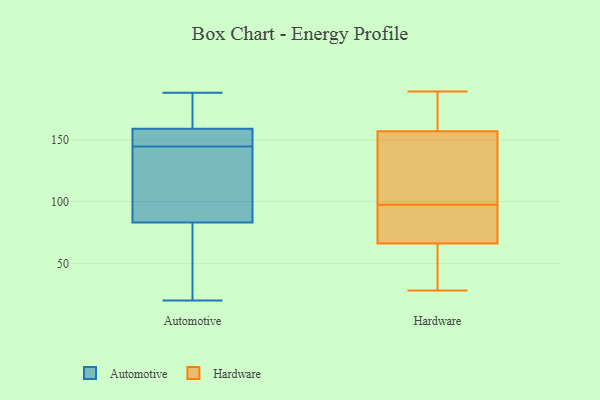
{"axis": {"x": "Bounce Rate (%)", "y": "Value"}, "legend": ["Automotive", "Hardware"], "data": [{"x": "", "y": 55, "type": "Automotive"}, {"x": "", "y": 143, "type": "Automotive"}, {"x": "", "y": 64, "type": "Automotive"}, {"x": "", "y": 20, "type": "Automotive"}, {"x": "", "y": 154, "type": "Automotive"}, {"x": "", "y": 146, "type": "Automotive"}, {"x": "", "y": 83, "type": "Automotive"}, {"x": "", "y": 107, "type": "Automotive"}, {"x": "", "y": 159, "type": "Automotive"}, {"x": "", "y": 121, "type": "Automotive"}, {"x": "", "y": 153, "type": "Automotive"}, {"x": "", "y": 183, "type": "Automotive"}, {"x": "", "y": 175, "type": "Automotive"}, {"x": "", "y": 133, "type": "Automotive"}, {"x": "", "y": 39, "type": "Automotive"}, {"x": "", "y": 188, "type": "Automotive"}, {"x": "", "y": 179, "type": "Automotive"}, {"x": "", "y": 155, "type": "Automotive"}, {"x": "", "y": 28, "type": "Hardware"}, {"x": "", "y": 189, "type": "Hardware"}, {"x": "", "y": 149, "type": "Hardware"}, {"x": "", "y": 81, "type": "Hardware"}, {"x": "", "y": 153, "type": "Hardware"}, {"x": "", "y": 99, "type": "Hardware"}, {"x": "", "y": 180, "type": "Hardware"}, {"x": "", "y": 66, "type": "Hardware"}, {"x": "", "y": 39, "type": "Hardware"}, {"x": "", "y": 90, "type": "Hardware"}, {"x": "", "y": 96, "type": "Hardware"}, {"x": "", "y": 157, "type": "Hardware"}, {"x": "", "y": 160, "type": "Hardware"}, {"x": "", "y": 46, "type": "Hardware"}]}